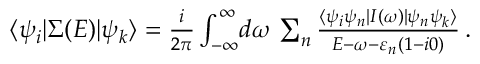
\begin{array} { r } { \langle \psi _ { i } | \Sigma ( E ) | \psi _ { k } \rangle = \frac { i } { 2 \pi } \int _ { - \infty } ^ { \infty } \! d \omega \, \sum _ { n } \frac { \langle \psi _ { i } \psi _ { n } | I ( \omega ) | \psi _ { n } \psi _ { k } \rangle } { E - \omega - \varepsilon _ { n } ( 1 - i 0 ) } \, . } \end{array}